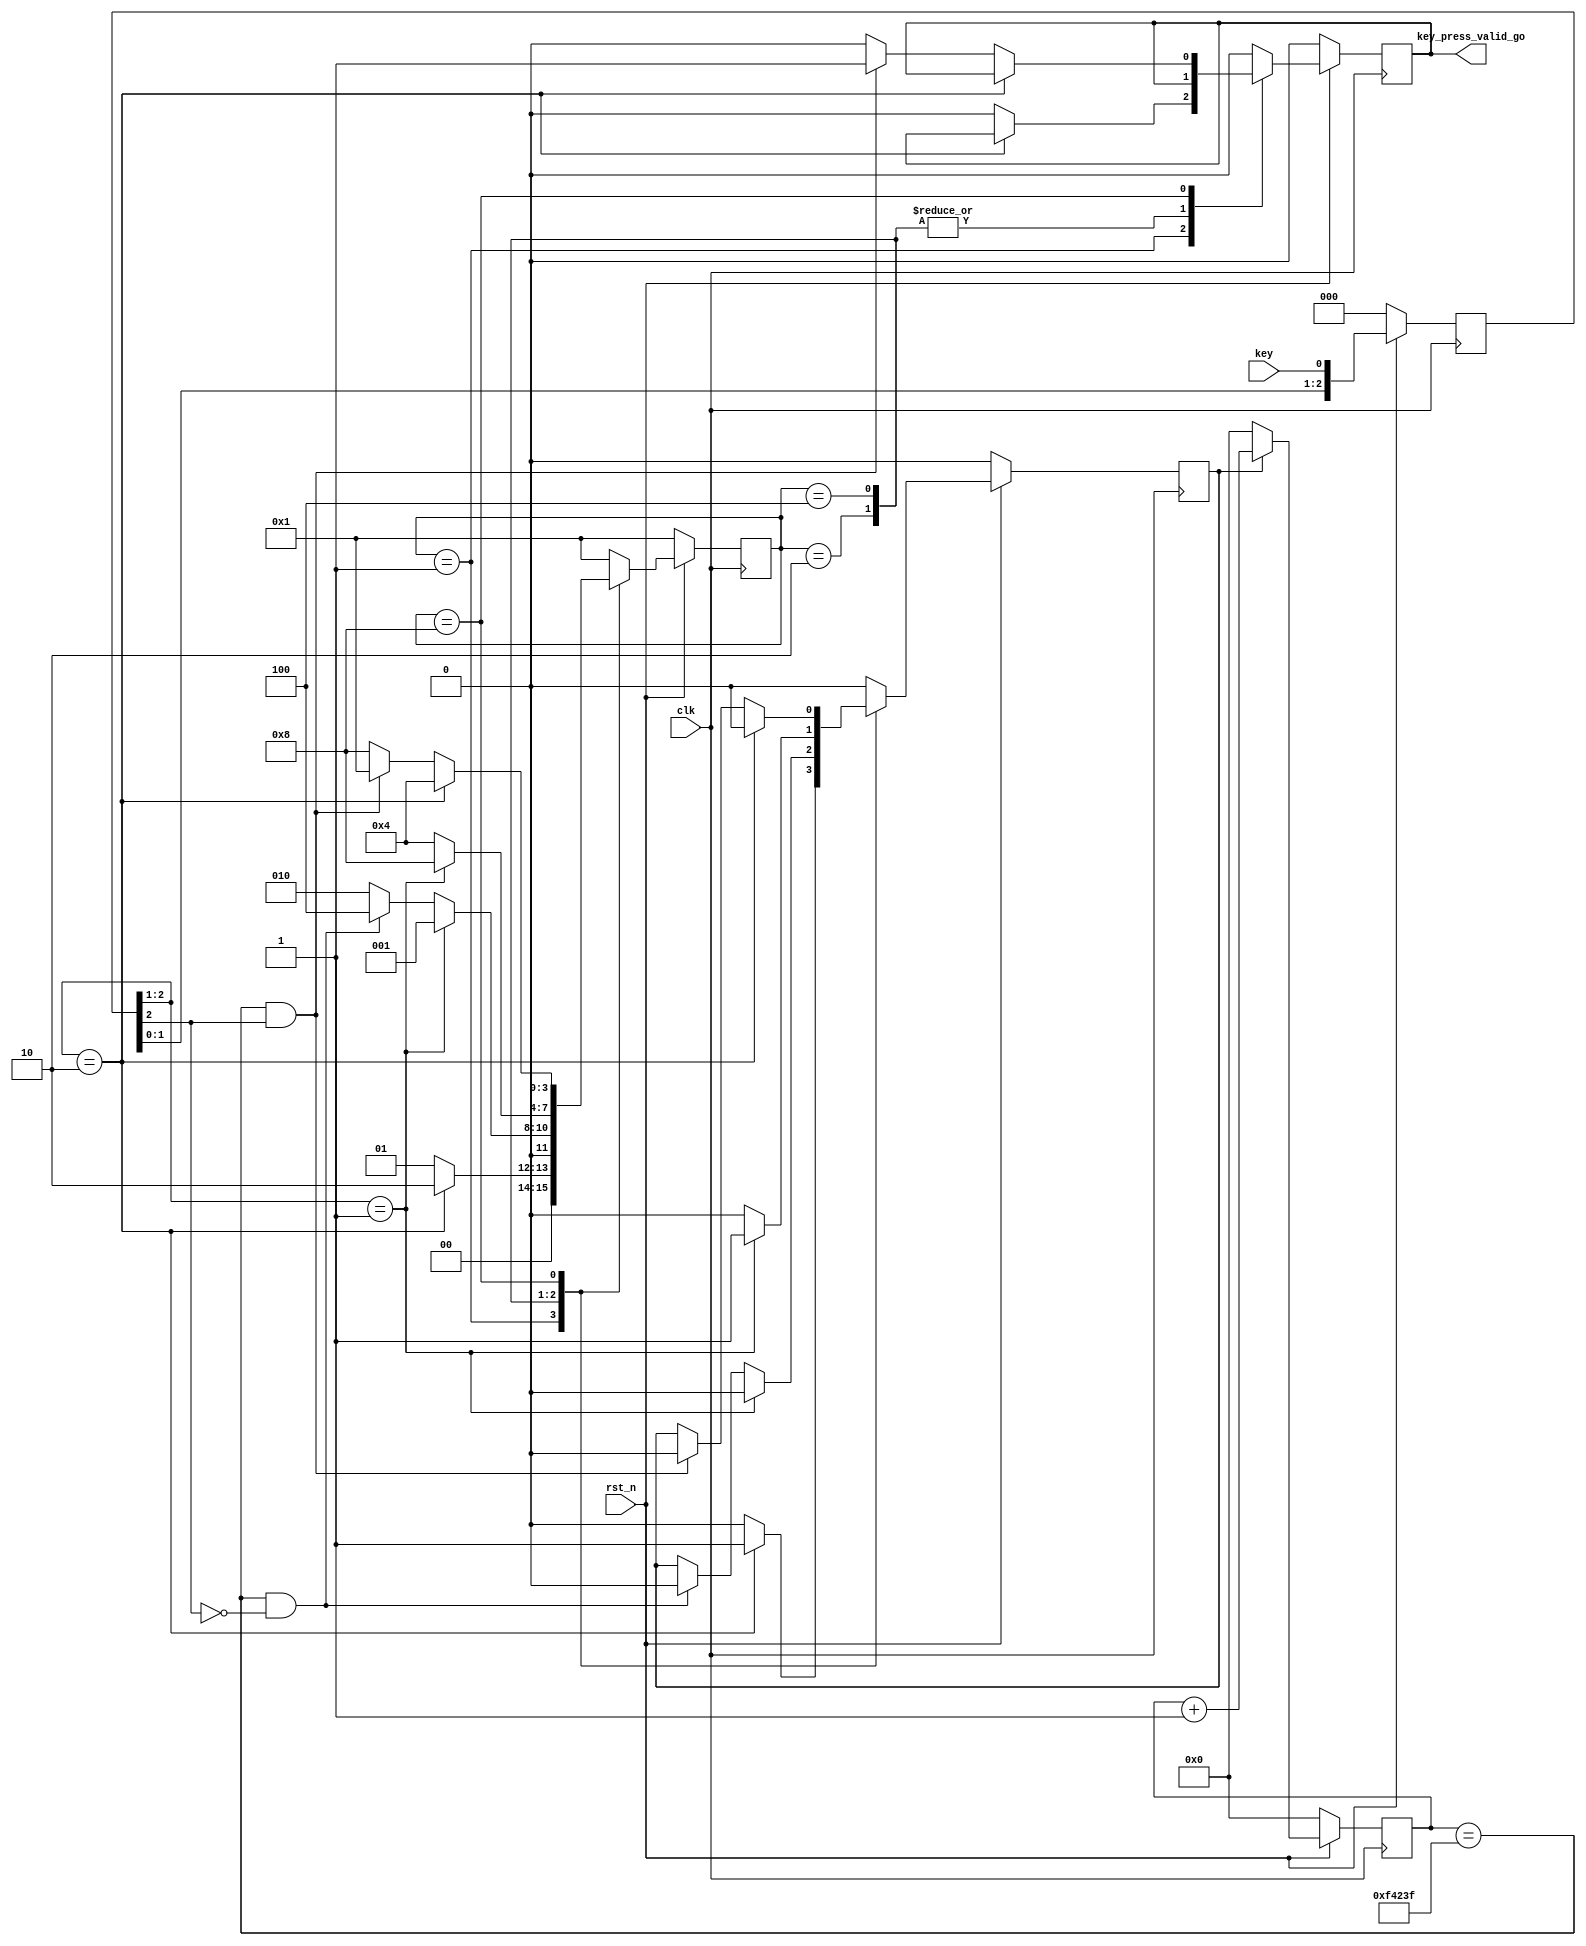
module key_filter(
	clk,
	rst_n,
	key,
	key_press_valid_go	//1:key press;0: key release.
);



	input clk;
	input rst_n;
	input key;
	output key_press_valid_go;

	
	
	
	//--------key wave----------//
	//---|___________|----------//
	//**************************//

	reg [2:0] r_key_sync;
	wire w_key_pedge;
	wire w_key_nedge;
	always@(posedge clk) begin
		if(!rst_n) 
			r_key_sync <= 'd0;
		else 
			r_key_sync <= {r_key_sync[1:0],key};
	end
	
	assign w_key_pedge  = (r_key_sync[2:1]  == 2'b01);
	assign w_key_nedge  = (r_key_sync[2:1]  == 2'b10);
	
	
	localparam S_IDLE 		= 4'b0001;
	localparam S_FILTER0 	= 4'b0010;
	localparam S_DONE		 	= 4'b0100; 	
	localparam S_FILTER1 	= 4'b1000;

	reg [3:0] r_state;
	
	
	
	
	/*---------------------------------state----------------------------------------------*/
	// S_IDLE    -> S_FILTER0 : w_key_nedge == 1'b1													  //
	// S_FILTER0 -> S_IDLE    : w_key_pedge == 1'b1													  //
	// S_FILTER0 -> S_DONE	  : r_timer_cnt == TIMER_CNT_MAX - 1 && r_key_sync[2] == 1'b0 //
	// S_DONE	 -> S_FILTER1 : w_key_pedge == 1'b1													  //
	// S_FILTER1 -> S_DONE    : w_key_nedge == 1'b1													  //
	// s_FILTER1 -> S_IDLE	  : r_timer_cnt == TIMER_CNT_MAX - 1 && r_key_sync[2] == 1'b1 Z//
	
	/*---------------------------------state----------------------------------------------*/
	
	
	
	localparam TIMER_CNT_MAX = 20_000_000 / 20;//20ms
	reg [19:0] r_timer_cnt;
	reg r_cnt_en;
	
	always@(posedge clk)
	begin
		if(!rst_n)
			r_timer_cnt <= 'd0;
		else if(r_cnt_en == 1'b1)
			r_timer_cnt <= r_timer_cnt + 1'b1;
		else
			r_timer_cnt <= 'd0;
	end
	
	
	reg r_key_press_valid_go;
	always@(posedge clk) begin
		if(!rst_n) begin
			r_state <= S_IDLE;
			r_cnt_en <= 1'b0;
			r_key_press_valid_go <= 1'd0;
		end
		else begin
			case(r_state)
			S_IDLE: begin
				if(w_key_nedge == 1'b1) begin
					r_state <= S_FILTER0;
					r_cnt_en <= 1'b1;
				end
				else begin
					r_state <= S_IDLE;
					r_cnt_en <= 1'b0;
					r_key_press_valid_go <= 1'd0;
				end
			end
			S_FILTER0: begin
				if(w_key_pedge == 1'b1) begin
					r_state <= S_IDLE;
					r_cnt_en <= 1'b0;
				end
				else if(r_timer_cnt == TIMER_CNT_MAX - 1 && r_key_sync[2] == 1'b0) begin
					r_state <= S_DONE;
					r_cnt_en <= 1'b0;
				end
				else begin
					r_state <= S_FILTER0;
					r_cnt_en <= r_cnt_en;
				end
			end
			S_DONE: begin
				if(w_key_pedge == 1'b1) begin
					r_state <= S_FILTER1;
					r_cnt_en <= 1'd1;
				end
				else begin
					r_state <= S_DONE;
					r_cnt_en <= 1'b0;
				end
			end
			S_FILTER1: begin
				if(w_key_nedge == 1'b1) begin
					r_state <= S_DONE;
					r_cnt_en <= 1'b0;
				end
				else if(r_timer_cnt == TIMER_CNT_MAX - 1 && r_key_sync[2] == 1'b1) begin
					r_state <= S_IDLE;
					r_cnt_en <= 1'b0;
					r_key_press_valid_go <= 1'd1;
				end
				else begin
					r_state <= S_FILTER1;
					r_cnt_en <= r_cnt_en;
					r_key_press_valid_go <= 1'd0;
				end 
			end 
			default: begin
				r_state <= S_IDLE;
				r_cnt_en <= 1'b0;
				r_key_press_valid_go <= 1'd0;
			end 
			endcase
		end 
	end
	
	assign key_press_valid_go = r_key_press_valid_go;
	

endmodule